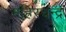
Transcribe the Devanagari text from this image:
महिरचन्द्र